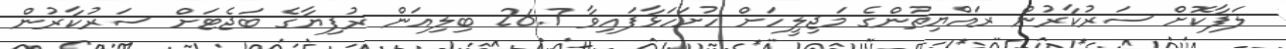
ލަފާކޮށް ސަރުކާރުން ރައްޔިތުންގެ މަޖިލީހަށް ހުށަހަޅާފައިވާ 26.7 ބިލިއަން ރުފިޔާގެ ބަޖެޓަށް ސަރުކާރުން